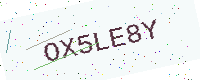
Text: OX5LE8Y